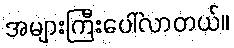
အများကြီးပေါ်လာတယ်။